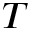
T